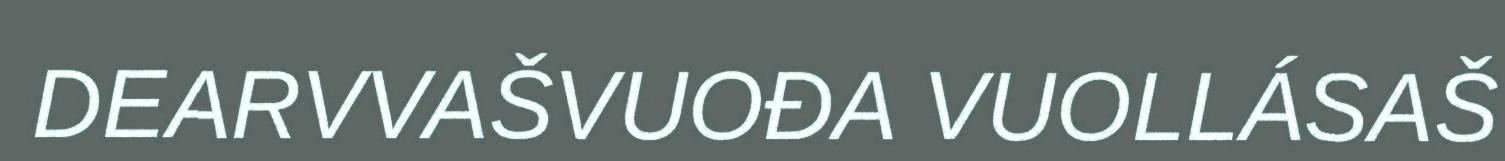
DEARVVAŠVUOĐA VUOLLÁSAŠ